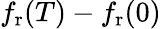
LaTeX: f_{\mathrm{r}}(T)-f_{\mathrm{r}}(0)